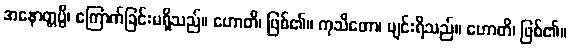
အနောတ္တပ္ပီ၊ ကြောက်ခြင်းမရှိသည်။ ဟောတိ၊ ဖြစ်၏။ ကုသီတော၊ ပျင်းရိသည်။ ဟောတိ၊ ဖြစ်၏။